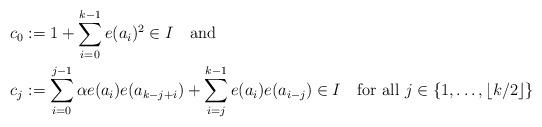
LaTeX: \begin{align*} c_0 & := 1 + \sum_{i=0}^{k-1}e(a_i)^2 \in I\quad\mbox{and} \\ c_j & := \sum_{i=0}^{j-1}\alpha e(a_i) e(a_{k-j+i}) + \sum_{i=j}^{k-1}e(a_i)e(a_{i-j}) \in I\quad\mbox{for all }j\in\{1,\ldots,\lfloor k/2\rfloor\}\end{align*}